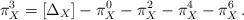
LaTeX: \begin{align*}\pi_X^3 = [\Delta_X] - \pi_X^0 - \pi_X^2 - \pi_X^4 - \pi_X^6\, .\end{align*}